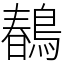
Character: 𪂹